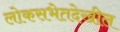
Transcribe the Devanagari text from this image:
लोकसभेतदेखील